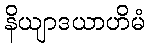
နိယျာဒယာဟိမံ